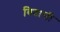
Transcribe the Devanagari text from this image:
बिदासी